Civil Veterinary Department Bihar reports 1936-40 - 1936-1940
Year: 1936
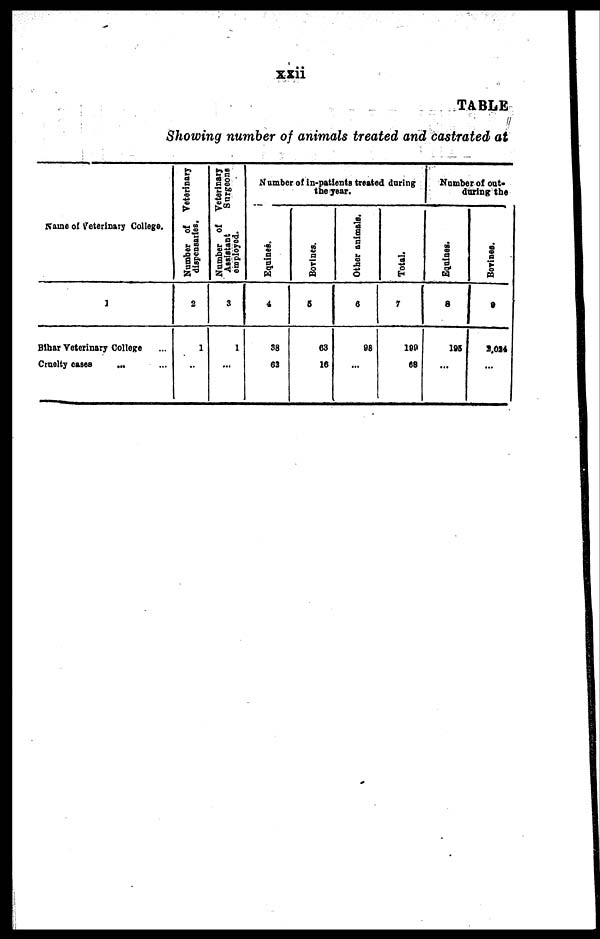
xxii
TABLE
Showing number of animals treated and castrated at
Name of Veterinary College.
1
Bihar Veterinary College ...
Cruelty cases ... ...
Number of Veterinary
dispensaries.
2
1
...
Number of
Veterinary
Assistant
Surgeons
employed.
3
1
...
Number of in-patients treated during
the year.
Equines.
4
38
63
Bovines.
5
63
16
Other animals.
6
98
...
Total.
7
100
68
Number of out-
during the
Equines.
8
195
...
Bovines.
9
2,024
...